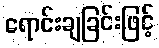
ရောင်းချခြင်းဖြင့်